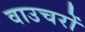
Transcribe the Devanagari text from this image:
वाउचरों